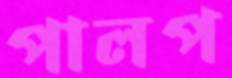
পালপ